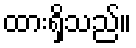
ထားရှိသည်။